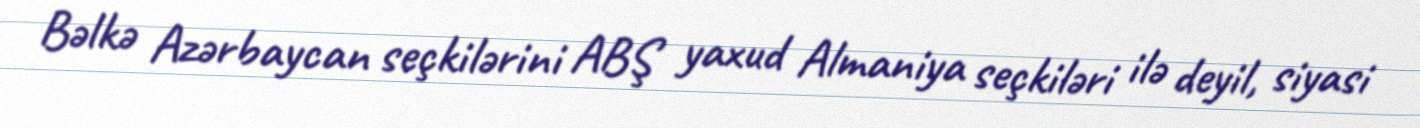
Bəlkə Azərbaycan seçkilərini ABŞ yaxud Almaniya seçkiləri ilə deyil, siyasi